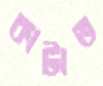
কাটাত